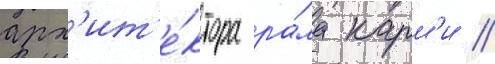
арх'ит'е́ктора ра́ма карм'и //